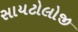
સાયટોલોજી